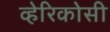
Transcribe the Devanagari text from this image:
व्हेरिकोसी